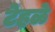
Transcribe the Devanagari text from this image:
टेहळे